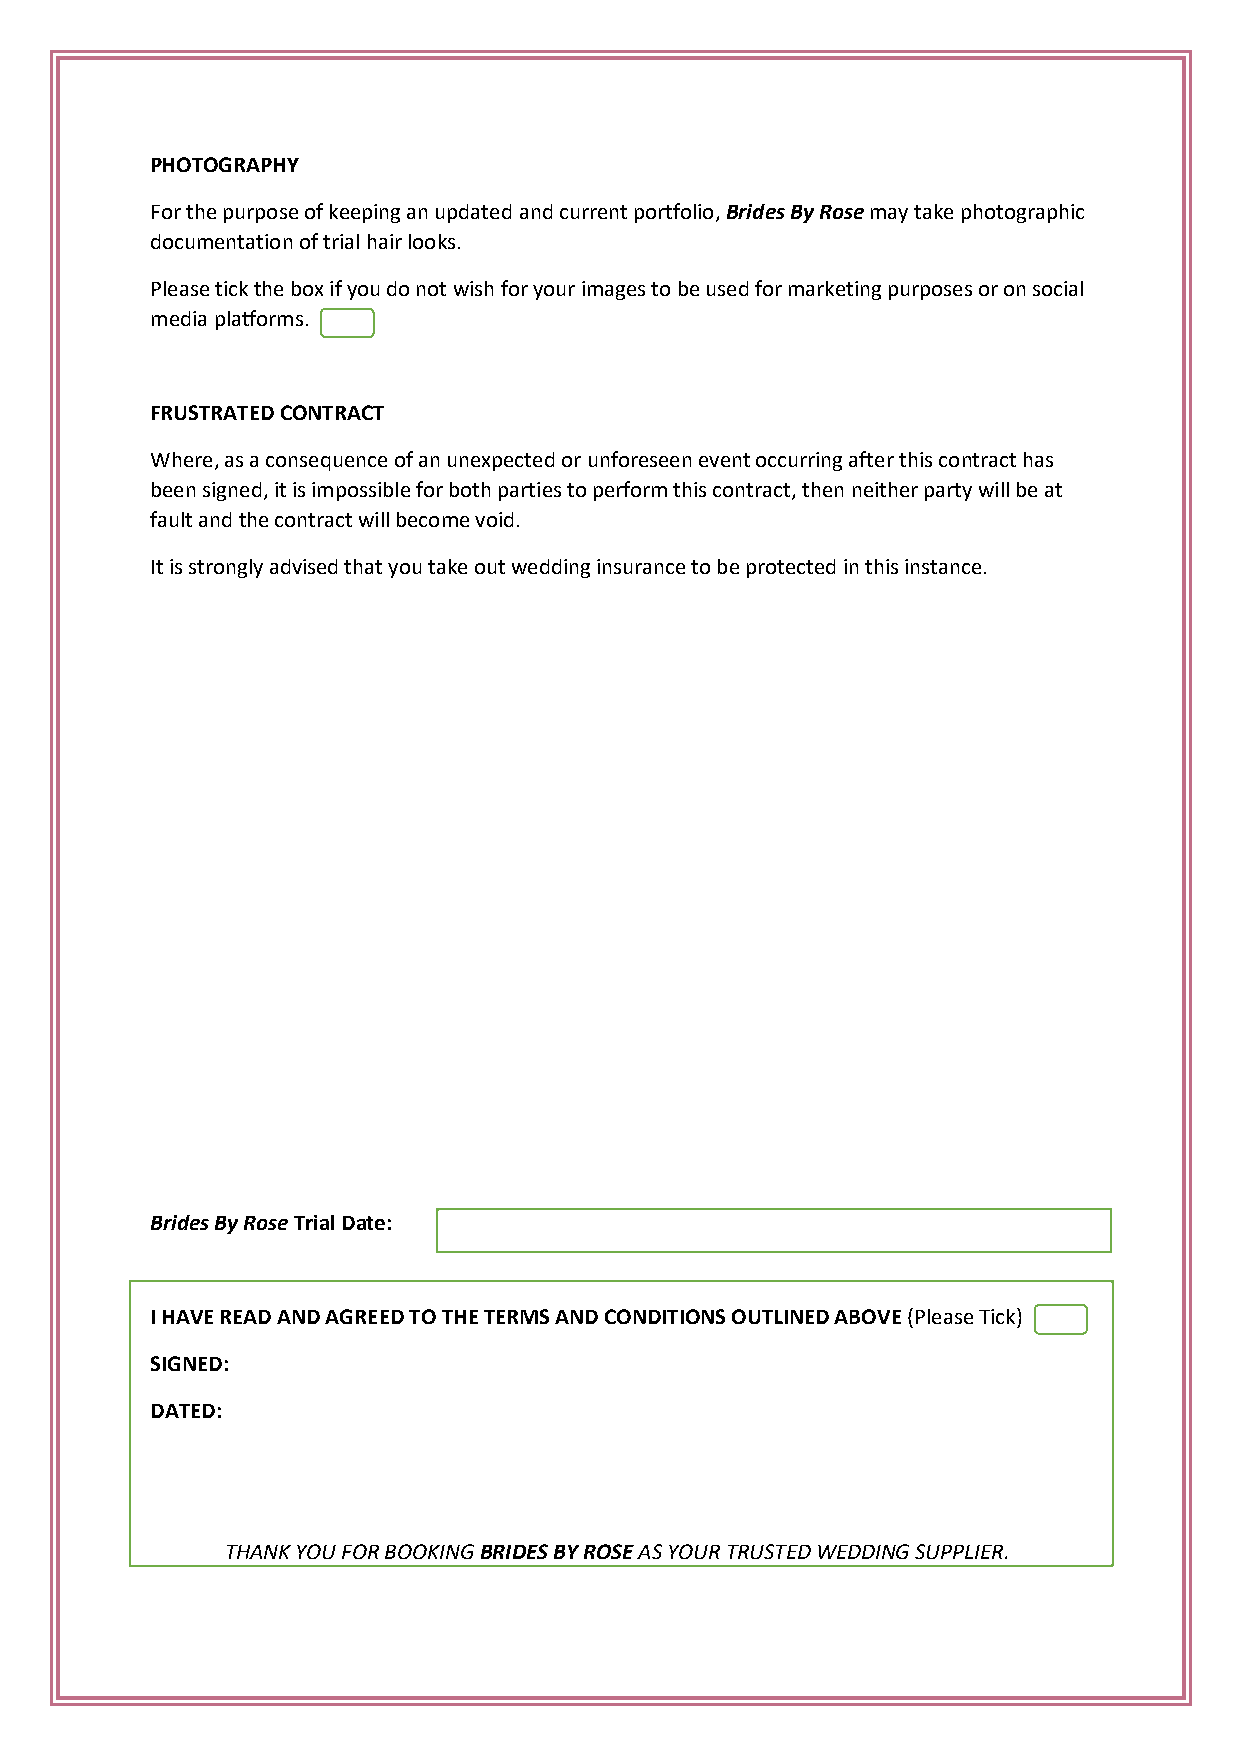
PHOTOGRAPHY
 For the purpose of keeping an updated and current portfolio, Brides By Rose may take photographic
 documentation of trial hair looks.
 Please tick the box if you do not wish for your images to be used for marketing purposes or on social
 media platforms.
 FRUSTRATED CONTRACT
 Where, as a consequence of an unexpected or unforeseen event occurring after this contract has
 been signed, it is impossible for both parties to perform this contract, then neither party will be at
 fault and the contract will become void.
 It is strongly advised that you take out wedding insurance to be protected in this instance.
 Brides By Rose Trial Date:
 I HAVE READ AND AGREED TO THE TERMS AND CONDITIONS OUTLINED ABOVE (Please Tick)
 SIGNED:
 DATED:
 THANK YOU FOR BOOKING BRIDES BY ROSE AS YOUR TRUSTED WEDDING SUPPLIER.